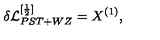
\delta { \cal L } _ { P S T + W Z } ^ { [ \frac { 1 } { 2 } ] } = X ^ { ( 1 ) } ,